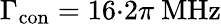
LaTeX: \Gamma_{\mathrm{con}}=16{\cdot}2\pi\ \mathrm{MHz}